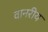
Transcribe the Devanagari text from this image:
वानरीय